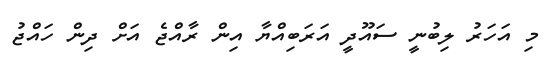
މި އަހަރު ލިބުނީ ސައޫދީ އަރަބިއްޔާ އިން ރާއްޖެ އަށް ދިން ހައްޖު